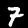
Label: 7